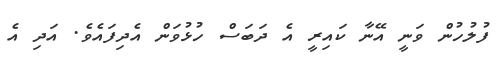
ފުލުހުން ވަނީ އޭނާ ކައިރީ އެ ދަބަސް ހުޅުވަން އެދިފައެވެ. އަދި އެ